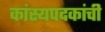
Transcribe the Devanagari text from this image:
कांस्यपदकांची